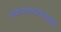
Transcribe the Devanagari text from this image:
संचालनालयासारखीच